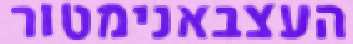
העצבאנימטור